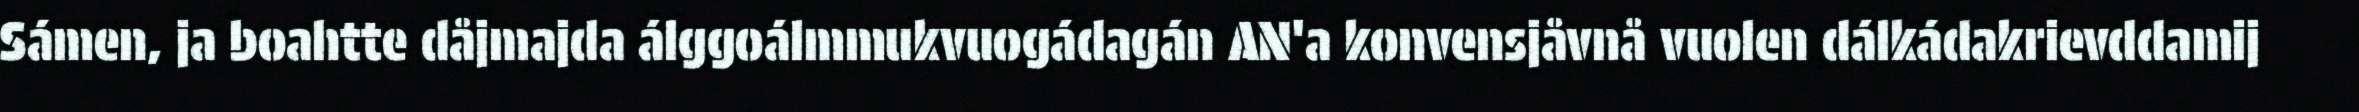
Sámen, ja boahtte dåjmajda álggoálmmukvuogádagán AN'a konvensjåvnå vuolen dálkádakrievddamij